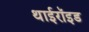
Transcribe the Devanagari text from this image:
थाईरॉइड